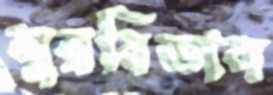
সুরবিতান